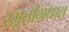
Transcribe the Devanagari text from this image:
स्मृतीग्रंथात